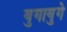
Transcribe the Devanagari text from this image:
युगायुगे